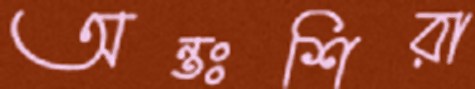
অন্তঃশিরা